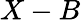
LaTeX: X-B